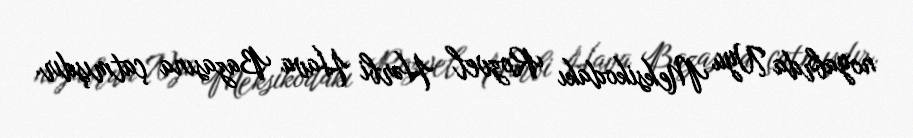
noyabrda Nyu Meksikodakı Rozvel Hərbi Hava Bazasına çatmışdır.